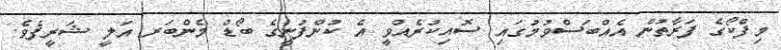
މިފްކޯގެ ފަރާތުން އެއްބަސްވުމުގައި ސޮއިކުރެއްވީ އެ ކުންފުނީގެ ބޯޑް މެންބަރ އަލީ ޝަރީފެވެ.